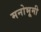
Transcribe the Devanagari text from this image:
मनोभूमी